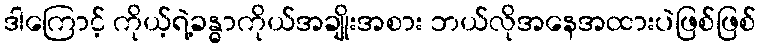
ဒါကြောင့် ကိုယ့်ရဲ့ခန္ဓာကိုယ်အချိုးအစား ဘယ်လိုအနေအထားပဲဖြစ်ဖြစ်